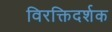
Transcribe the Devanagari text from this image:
विरक्तिदर्शक